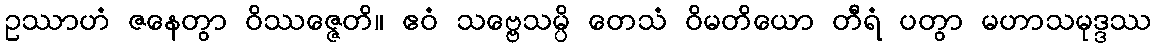
ဥဿာဟံ ဇနေတွာ ဝိဿဇ္ဇေတိ။ ဧဝံ သဗ္ဗေသမ္ပိ တေသံ ဝိမတိယော တီရံ ပတွာ မဟာသမုဒ္ဒဿ